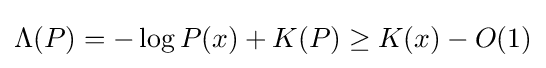
\Lambda (P)=-\log P(x)+K(P)\geq K(x)-O(1)